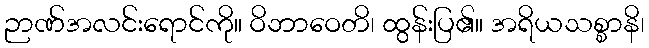
ဉာဏ်အလင်းရောင်ကို။ ဝိဘာဝေတိ၊ ထွန်းပြ၏။ အရိယသစ္စာနိ၊